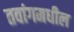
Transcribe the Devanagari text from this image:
तवांगमधील